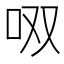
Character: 𱒎